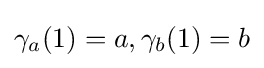
\gamma _{a}(1)=a,\gamma _{b}(1)=b